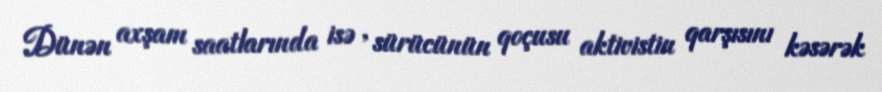
Dünən axşam saatlarında isə , sürücünün qoçusu aktivistin qarşısını kəsərək